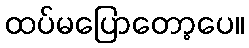
ထပ်မပြောတော့ပေ။